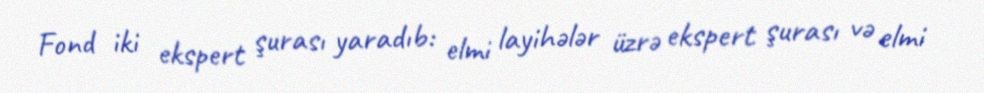
Fond iki ekspert şurası yaradıb: elmi layihələr üzrə ekspert şurası və elmi